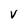
Character: V